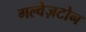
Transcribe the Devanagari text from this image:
गल्वेज़टोन